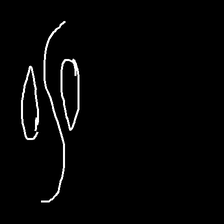
Glyph: water